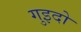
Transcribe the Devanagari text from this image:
गुइदो